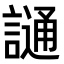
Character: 𫍌